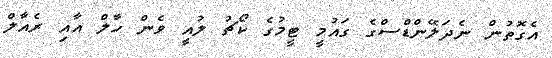
އެގޮތުން ނެދަލޭންޑްސްގެ ގައުމީ ޓީމުގެ ކޯޗު ލުއީ ވެން ހާލް އާއި ރެއާލް